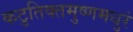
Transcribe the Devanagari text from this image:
कटुतिक्तमुष्णमधुरं